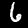
Digit: 6